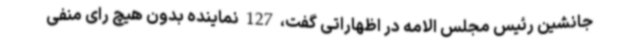
جانشین رئیس مجلس الامه در اظهاراتی گفت، 127 نماینده بدون هیچ رای منفی